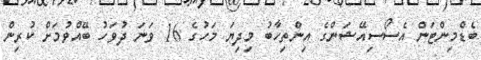
ބެޑްމިންޓަން އެސޯސިއޭޝަންގެ އިންތިހާބު މިދިޔަ މަހުގެ 16 ވަނަ ދުވަހު ބޭއްވުމަށް ކުރިން